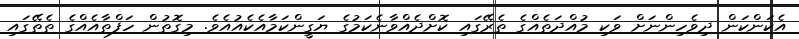
އެކަންކަން ދިވެހިންނަށް ވަކި މުއްދަތެއްގެ ތެރޭގައި ކޮށްދެއްވާނެކަމުގެ ޔަގީންކަމާއެކެއުއެވެ. މިގޮތުން ހަފްތާއެއްގެ ތެތޭގައި